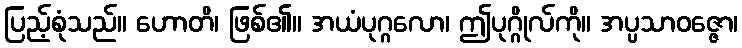
ပြည့်စုံသည်။ ဟောတိ၊ ဖြစ်၏။ အယံပုဂ္ဂလော၊ ဤပုဂ္ဂိုလ်ကို။ အပ္ပသာဝဇ္ဇော၊